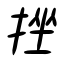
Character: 挫